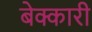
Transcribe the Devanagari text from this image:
बेक्कारी